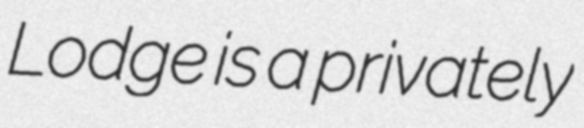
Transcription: Lodge is a privately